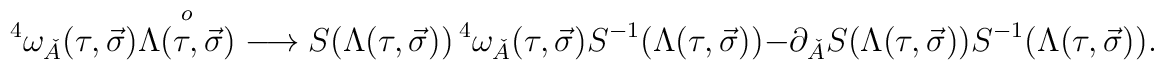
{}^4\omega_{\check{A}}(\tau, \vec{\sigma}){\buildrel o \over {\Lambda(\tau, \vec{\sigma})}}\longrightarrow  S(\Lambda(\tau, \vec{\sigma}))\, {}^4\omega_{\check{A}}(\tau,\vec{\sigma})S^{-1}(\Lambda(\tau, \vec{\sigma}))-\partial_{\check{A}}S(\Lambda(\tau, \vec{\sigma}))S^{-1}(\Lambda(\tau, \vec{\sigma})).